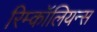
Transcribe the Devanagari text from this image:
रिम्कॉलियन्स